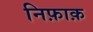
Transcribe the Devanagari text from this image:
निफ़ाक़